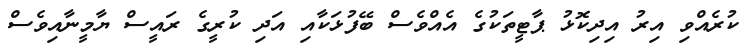
ކުރެއްވި އިރު އިދިކޮޅު ޕާޓީތަކުގެ އެއްވެސް ބޭފުޅަކާއި އަދި ކުރީގެ ރައީސް ޔާމީނާއިވެސް